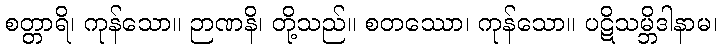
စတ္တာရိ၊ ကုန်သော။ ဉာဏနိ၊ တို့သည်။ စတဿော၊ ကုန်သော။ ပဋိသမ္ဘိဒါနာမ၊